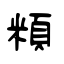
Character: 頪